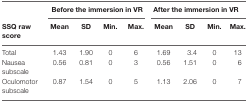
<table><thead><tr><td></td><td colspan="4"><b>Before the immersion in VR</b></td><td colspan="4"><b>After the immersion in VR</b></td></tr><tr><td><b>SSQ raw score</b></td><td><b>Mean</b></td><td><b>SD</b></td><td><b>Min.</b></td><td><b>Max.</b></td><td><b>Mean</b></td><td><b>SD</b></td><td><b>Min.</b></td><td><b>Max.</b></td></tr></thead><tbody><tr><td>Total</td><td>1.43</td><td>1.90</td><td>0</td><td>6</td><td>1.69</td><td>3.4</td><td>0</td><td>13</td></tr><tr><td>Nausea subscale</td><td>0.56</td><td>0.81</td><td>0</td><td>3</td><td>0.56</td><td>1.51</td><td>0</td><td>6</td></tr><tr><td>Oculomotor subscale</td><td>0.87</td><td>1.54</td><td>0</td><td>5</td><td>1.13</td><td>2.06</td><td>0</td><td>7</td></tr></tbody></table>